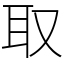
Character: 取